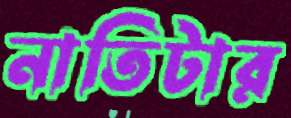
নাতিটার